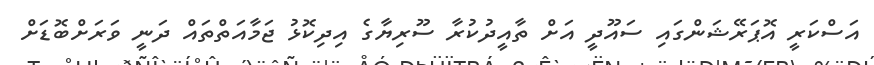
އަސްކަރީ އޮޕަރޭޝަންގައި ސައޫދީ އަށް ތާއީދުކުރާ ސޫރިޔާގެ އިދިކޮޅު ޖަމާއަތްތައް ދަނީ ވަރަށްބޮޑަށް